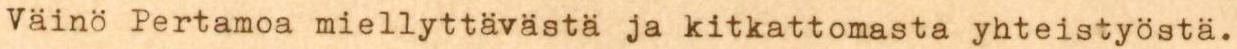
Väinö Pertamoa miellyttävästä ja kitkattomasta yhteistyöstä.